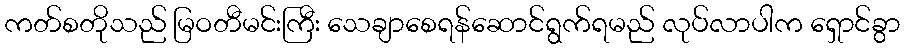
ကတ်စတိုသည် မြဝတီမင်းကြီး သေချာစေရန်ဆောင်ရွက်ရမည် လုပ်လာပါက ရှောင်ခွာ